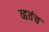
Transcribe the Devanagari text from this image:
व्हतंच